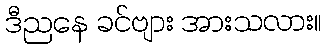
ဒီညနေ ခင်ဗျား အားသလား။